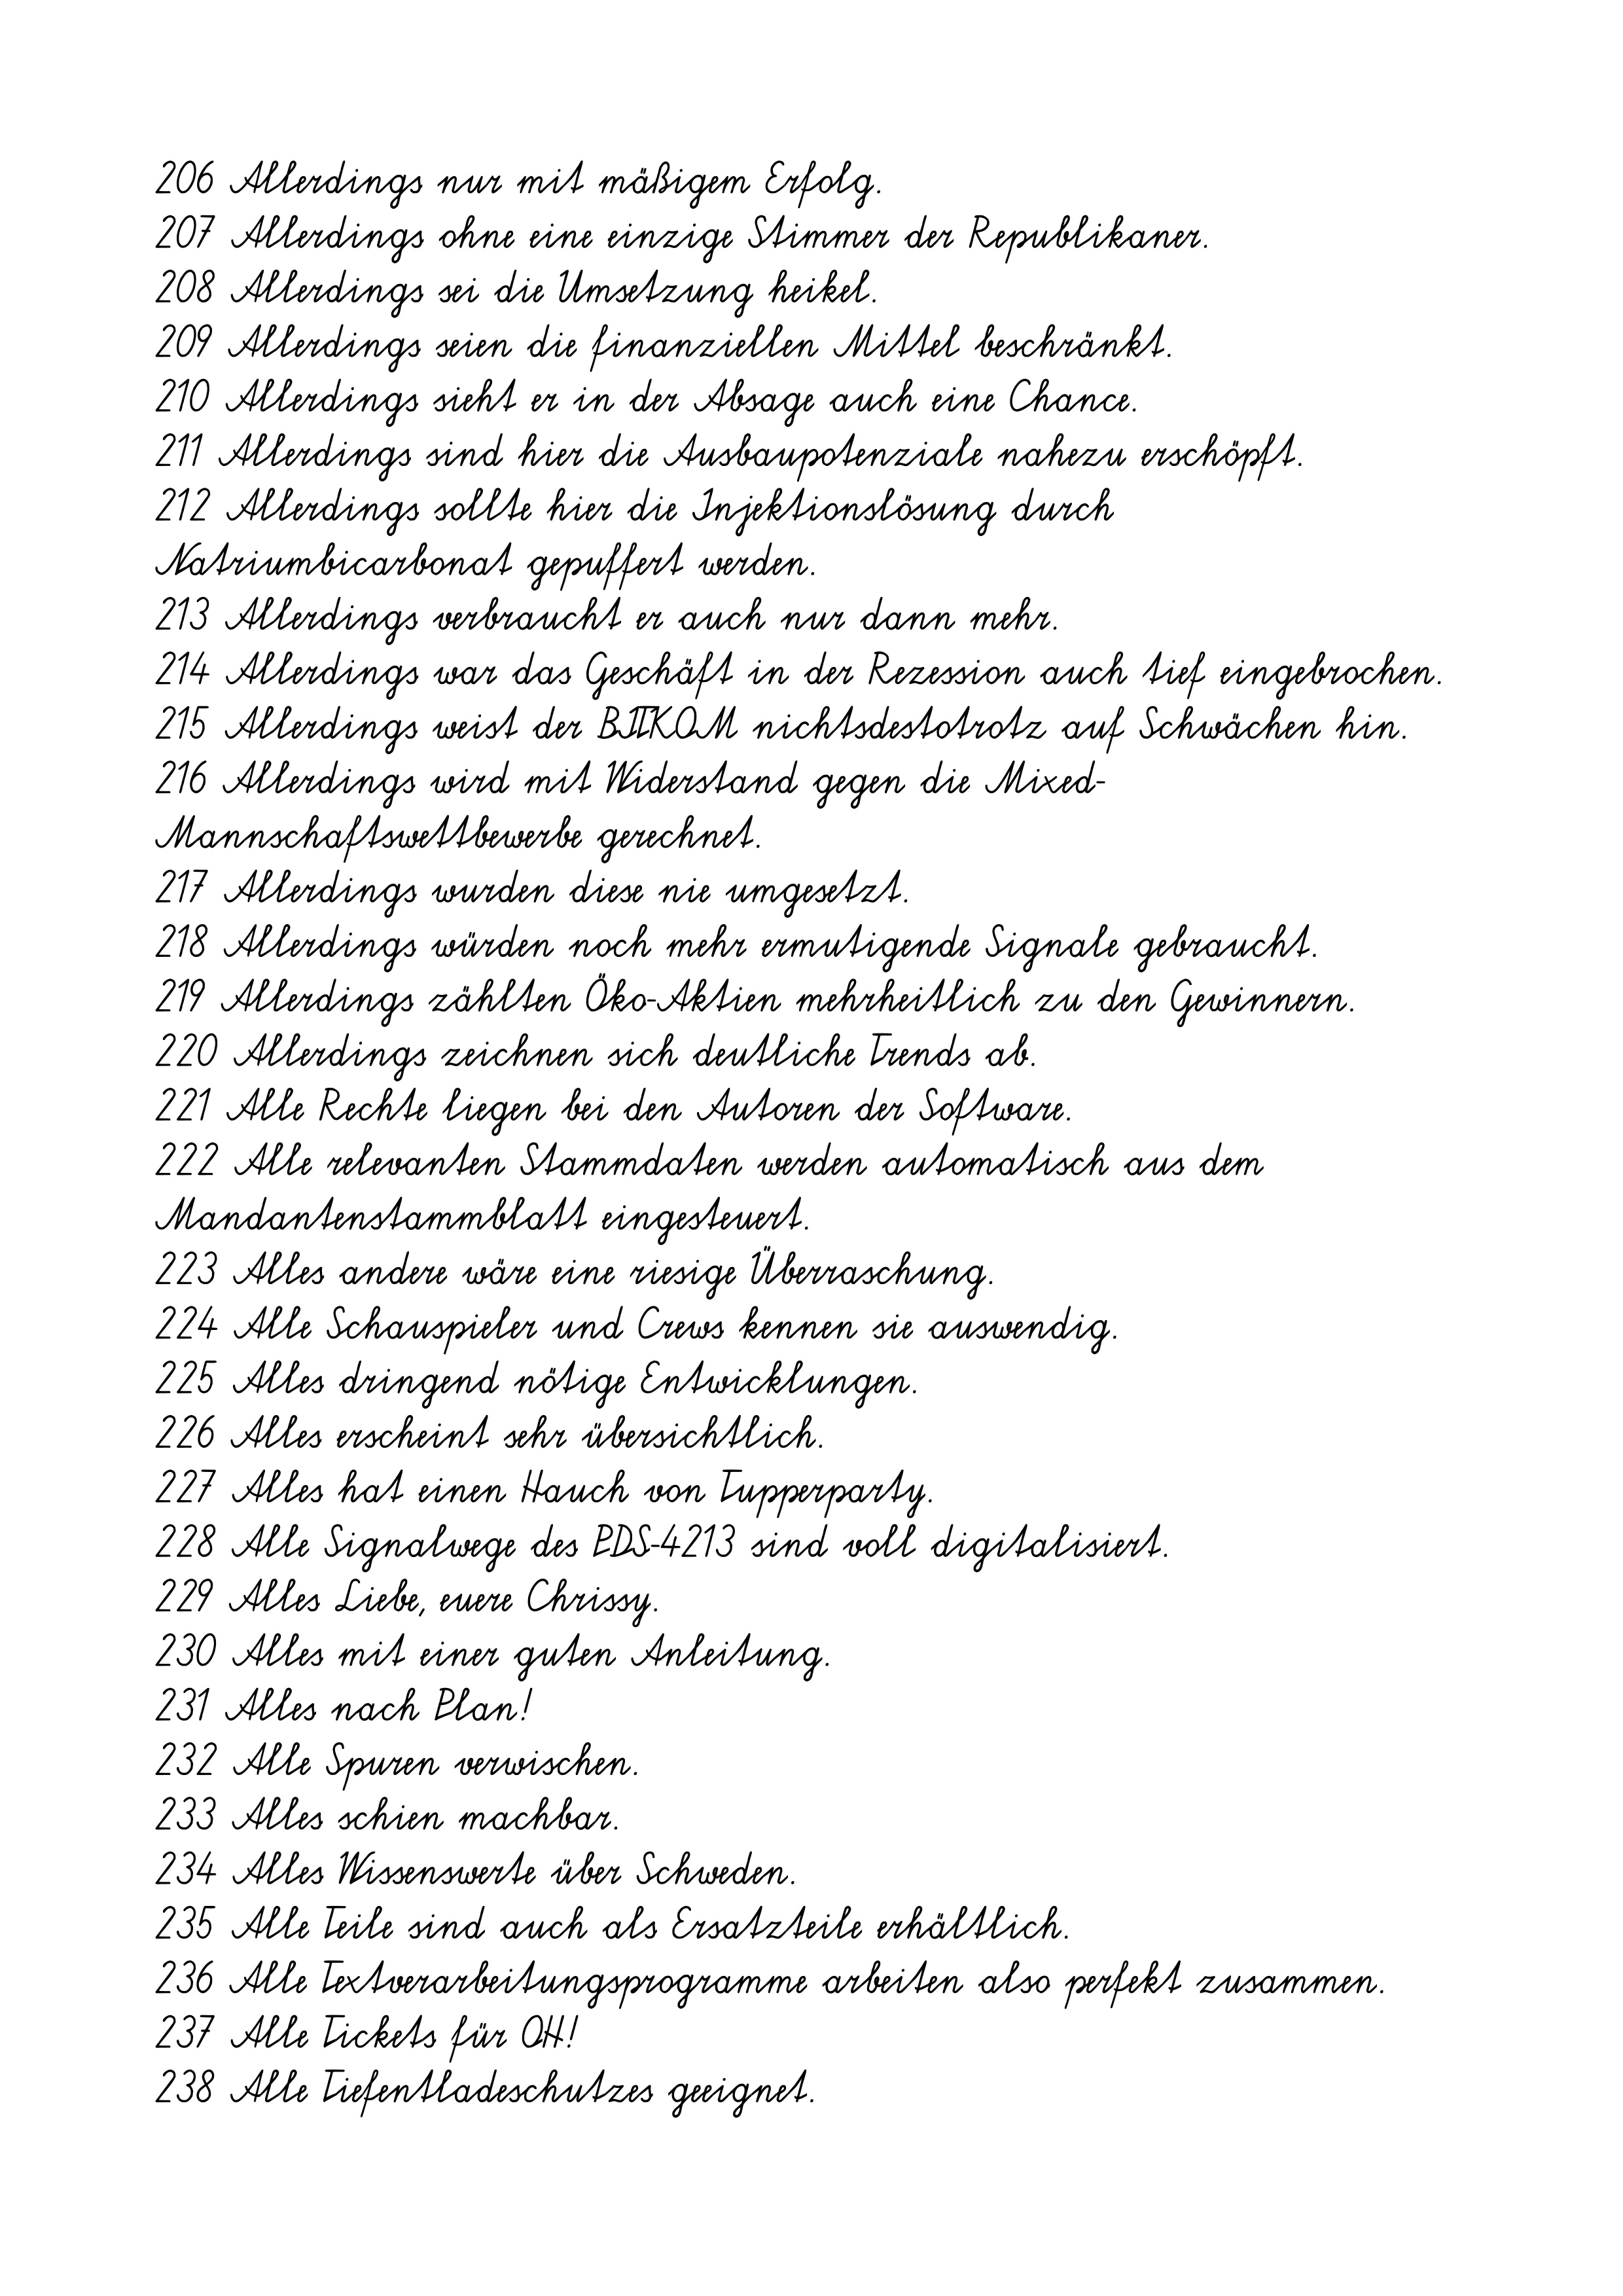
206 Allerdings nur mit mäßigem Erfolg.
207 Allerdings ohne eine einzige Stimmer der Republikaner.
208 Allerdings sei die Umsetzung heikel.
209 Allerdings seien die finanziellen Mittel beschränkt.
210 Allerdings sieht er in der Absage auch eine Chance.
211 Allerdings sind hier die Ausbaupotenziale nahezu erschöpft.
212 Allerdings sollte hier die Injektionslösung durch
Natriumbicarbonat gepuffert werden.
213 Allerdings verbraucht er auch nur dann mehr.
214 Allerdings war das Geschäft in der Rezession auch tief eingebrochen.
215 Allerdings weist der BITKOM nichtsdestotrotz auf Schwächen hin.
216 Allerdings wird mit Widerstand gegen die Mixed-
Mannschaftswettbewerbe gerechnet.
217 Allerdings wurden diese nie umgesetzt.
218 Allerdings würden noch mehr ermutigende Signale gebraucht.
219 Allerdings zählten Öko-Aktien mehrheitlich zu den Gewinnern.
220 Allerdings zeichnen sich deutliche Trends ab.
221 Alle Rechte liegen bei den Autoren der Software.
222 Alle relevanten Stammdaten werden automatisch aus dem
Mandantenstammblatt eingesteuert.
223 Alles andere wäre eine riesige Überraschung.
224 Alle Schauspieler und Crews kennen sie auswendig.
225 Alles dringend nötige Entwicklungen.
226 Alles erscheint sehr übersichtlich.
227 Alles hat einen Hauch von Tupperparty.
228 Alle Signalwege des PDS-4213 sind voll digitalisiert.
229 Alles Liebe, euere Chrissy.
230 Alles mit einer guten Anleitung.
231 Alles nach Plan!
232 Alle Spuren verwischen.
233 Alles schien machbar.
234 Alles Wissenswerte über Schweden.
235 Alle Teile sind auch als Ersatzteile erhältlich.
236 Alle Textverarbeitungsprogramme arbeiten also perfekt zusammen.
237 Alle Tickets für OH!
238 Alle Tiefentladeschutzes geeignet.